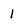
Character: 1